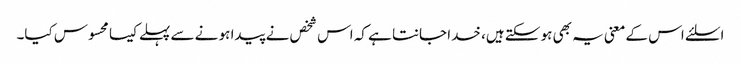
اسلئے اس کے معنی یہ بھی ہو سکتے ہیں، خدا جانتا ہے کہ اس شخص نے پیدا ہو نے سے پہلے کیسا محسوس کیا۔